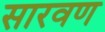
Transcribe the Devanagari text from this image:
सारवण